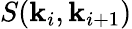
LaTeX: S(\mathbf{k}_{i},\mathbf{k}_{i+1})